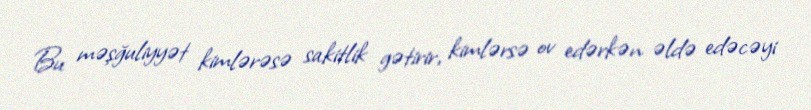
Bu məşğuliyyət kimlərəsə sakitlik gətirir, kimlərsə ov edərkən əldə edəcəyi